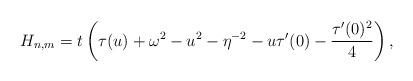
LaTeX: \begin{align*}H_{n,m} = t\left(\tau(u)+\omega^2-u^2-\eta^{-2}-u \tau'(0)-\frac{\tau'(0)^2}{4}\right),\end{align*}